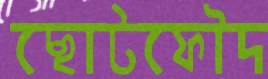
ছোটফৌদ